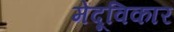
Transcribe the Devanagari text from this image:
मेंदूविकार